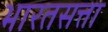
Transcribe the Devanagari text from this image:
भारतसत्ता